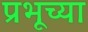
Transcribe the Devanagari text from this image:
प्रभूच्या